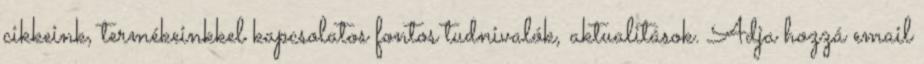
cikkeink, termékeinkkel kapcsolatos fontos tudnivalók, aktualitások. Adja hozzá email